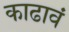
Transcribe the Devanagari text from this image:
काढावं